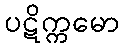
ပဋိက္ကမော